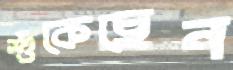
শুঁকেছেন